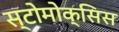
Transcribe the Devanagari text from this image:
स्टोमोक्सिस